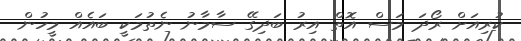
ކުރިއަށް ރޯދަ މަސް އޮތް އިރު ބަދިގޭ ސާމާނު ނެތުމަކީ ބައެއް މީހުން